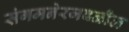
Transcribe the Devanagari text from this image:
संगमनेरजवळील